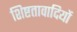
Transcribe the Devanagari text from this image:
शिष्टतावादियों